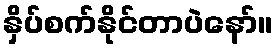
နှိပ်စက်နိုင်တာပဲနော်။